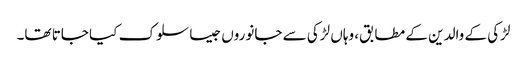
لڑکی کے والدین کے مطابق، وہاں لڑکی سے جانوروں جیسا سلوک کیا جاتا تھا۔